Indian journal of veterinary science and animal husbandry - Volume 9,
Year: 1939
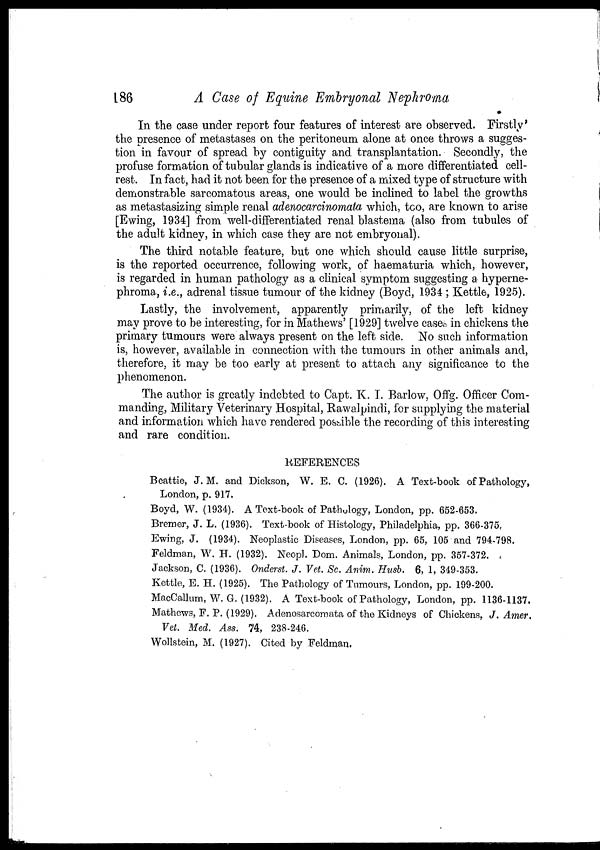
186
A Case of Equine Embryonal Nephroma
In the case under report four features of interest are observed. Firstly'
the presence of metastases on the peritoneum alone at once throws a sugges-
tion in favour of spread by contiguity and transplantation. Secondly, the
profuse formation of tubular glands is indicative of a more differentiated cell-
rest. In fact, had it not been for the presence of a mixed type of structure with
demonstrable sarcomatous areas, one would be inclined to label the growths
as metastasizing simple renal adenocarcinomata which, too, are known to arise
[Ewing, 1934] from well-differentiated renal blastema (also from tubules of
the adult kidney, in which case they are not embryonal).
The third notable feature, but one which should cause little surprise,
is the reported occurrence, following work, of haematuria which, however,
is regarded in human pathology as a clinical symptom suggesting a hyperne-
phroma, i.e., adrenal tissue tumour of the kidney (Boyd, 1934 ; Kettle, 1925).
Lastly, the involvement, apparently primarily, of the left kidney
may prove to be interesting, for in Mathews' [1929] twelve cases in chickens the
primary tumours were always present on the left side. No such information
is, however, available in connection with the tumours in other animals and,
therefore, it may be too early at present to attach any significance to the
phenomenon.
The author is greatly indebted to Capt. K. I. Barlow, Offg. Officer Com-
manding, Military Veterinary Hospital, Rawalpindi, for supplying the material
and information which have rendered possible the recording of this interesting
and rare condition.
REFERENCES
Beattie, J. M. and Dickson, W. E. C. (1926). A Text-book of Pathology,
London, p. 917.
Boyd, W. (1934). A Text-book of Pathology, London, pp. 652-653.
Bremer, J. L. (1936). Text-book of Histology, Philadelphia, pp. 366-375,
Ewing, J. (1934). Neoplastic Diseases, London, pp. 65, 105 and 794-798.
Feldman, W. H. (1932). Neopl. Dom. Animals, London, pp. 357-372.
Jackson, C. (1936). Onderst. J. Vet. Sc. Anim. Husb. 6, 1, 349-353.
Kettle, E. H. (1925). The Pathology of Tumours, London, pp. 199-200.
MacCallum, W. G. (1932). A Text-book of Pathology, London, pp. 1136-1137.
Mathews, F. P. (1929). Adenosarcomata of the Kidneys of Chickens, J. Amer.
Vet. Med. Ass. 74, 238-246.
Wollstein, M. (1927). Cited by Feldman.